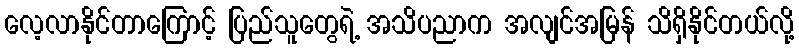
လေ့လာနိုင်တာကြောင့် ပြည်သူတွေရဲ့ အသိပညာက အလျင်အမြန် သိရှိနိုင်တယ်လို့